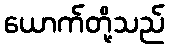
ယောက်တို့သည်